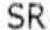
SR